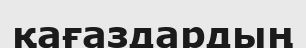
қағаздардың